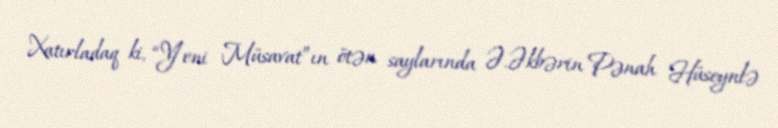
Xatırladaq ki, “Yeni Müsavat”ın ötən saylarında Ə.Əkbərin Pənah Hüseynlə